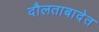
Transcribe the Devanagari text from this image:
दौलताबादेत